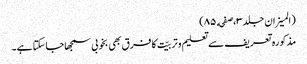
(المیزان جلد٣،صفحه ٨٥)
مذکورہ تعریف سے تعلیم وتربیّت کا فرق بھی بخوبی سمجھاجاسکتا ہے۔